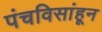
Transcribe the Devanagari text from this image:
पंचविसांहून